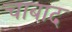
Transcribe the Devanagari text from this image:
चाबाद